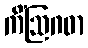
ကိံဩဂဓာ